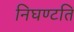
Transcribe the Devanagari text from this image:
निघण्टति